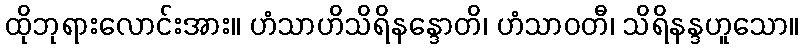
ထိုဘုရားလောင်းအား။ ဟံသာဟိသိရိနန္ဒောတိ၊ ဟံသာဝတီ၊ သိရိနန္ဒဟူသော။